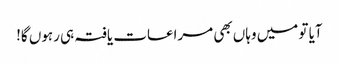
آیا تو میں وہاں بھی مراعات یافتہ ہی رہوں گا!